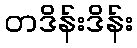
တဒိန်းဒိန်း